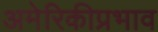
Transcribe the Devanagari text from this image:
अमेरिकीप्रभाव